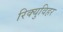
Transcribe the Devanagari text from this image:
रिक्युविहर